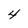
Character: 4